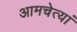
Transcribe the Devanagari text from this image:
आमचेत्यां